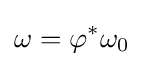
\omega =\varphi ^{*}\omega _{0}